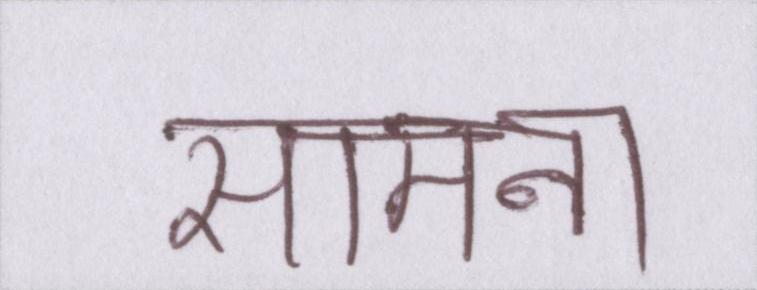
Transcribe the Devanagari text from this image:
सामना